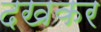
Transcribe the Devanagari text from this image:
दखकर